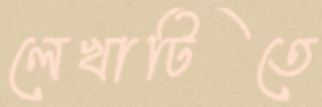
লেখাটিতে